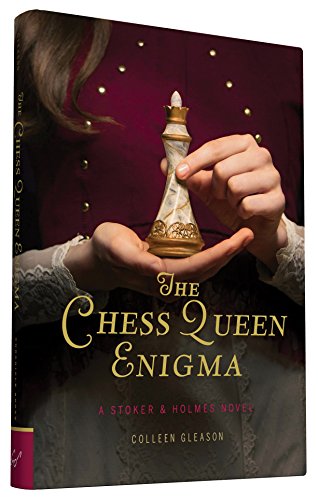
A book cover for The Chess Queen Enigma: A Stoker & Holmes Novel; Colleen Gleason; Teen & Young Adult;